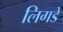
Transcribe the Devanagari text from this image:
लिगडे